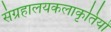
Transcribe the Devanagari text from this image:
संग्रहालयकलाकृतियों